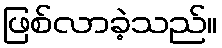
ဖြစ်လာခဲ့သည်။